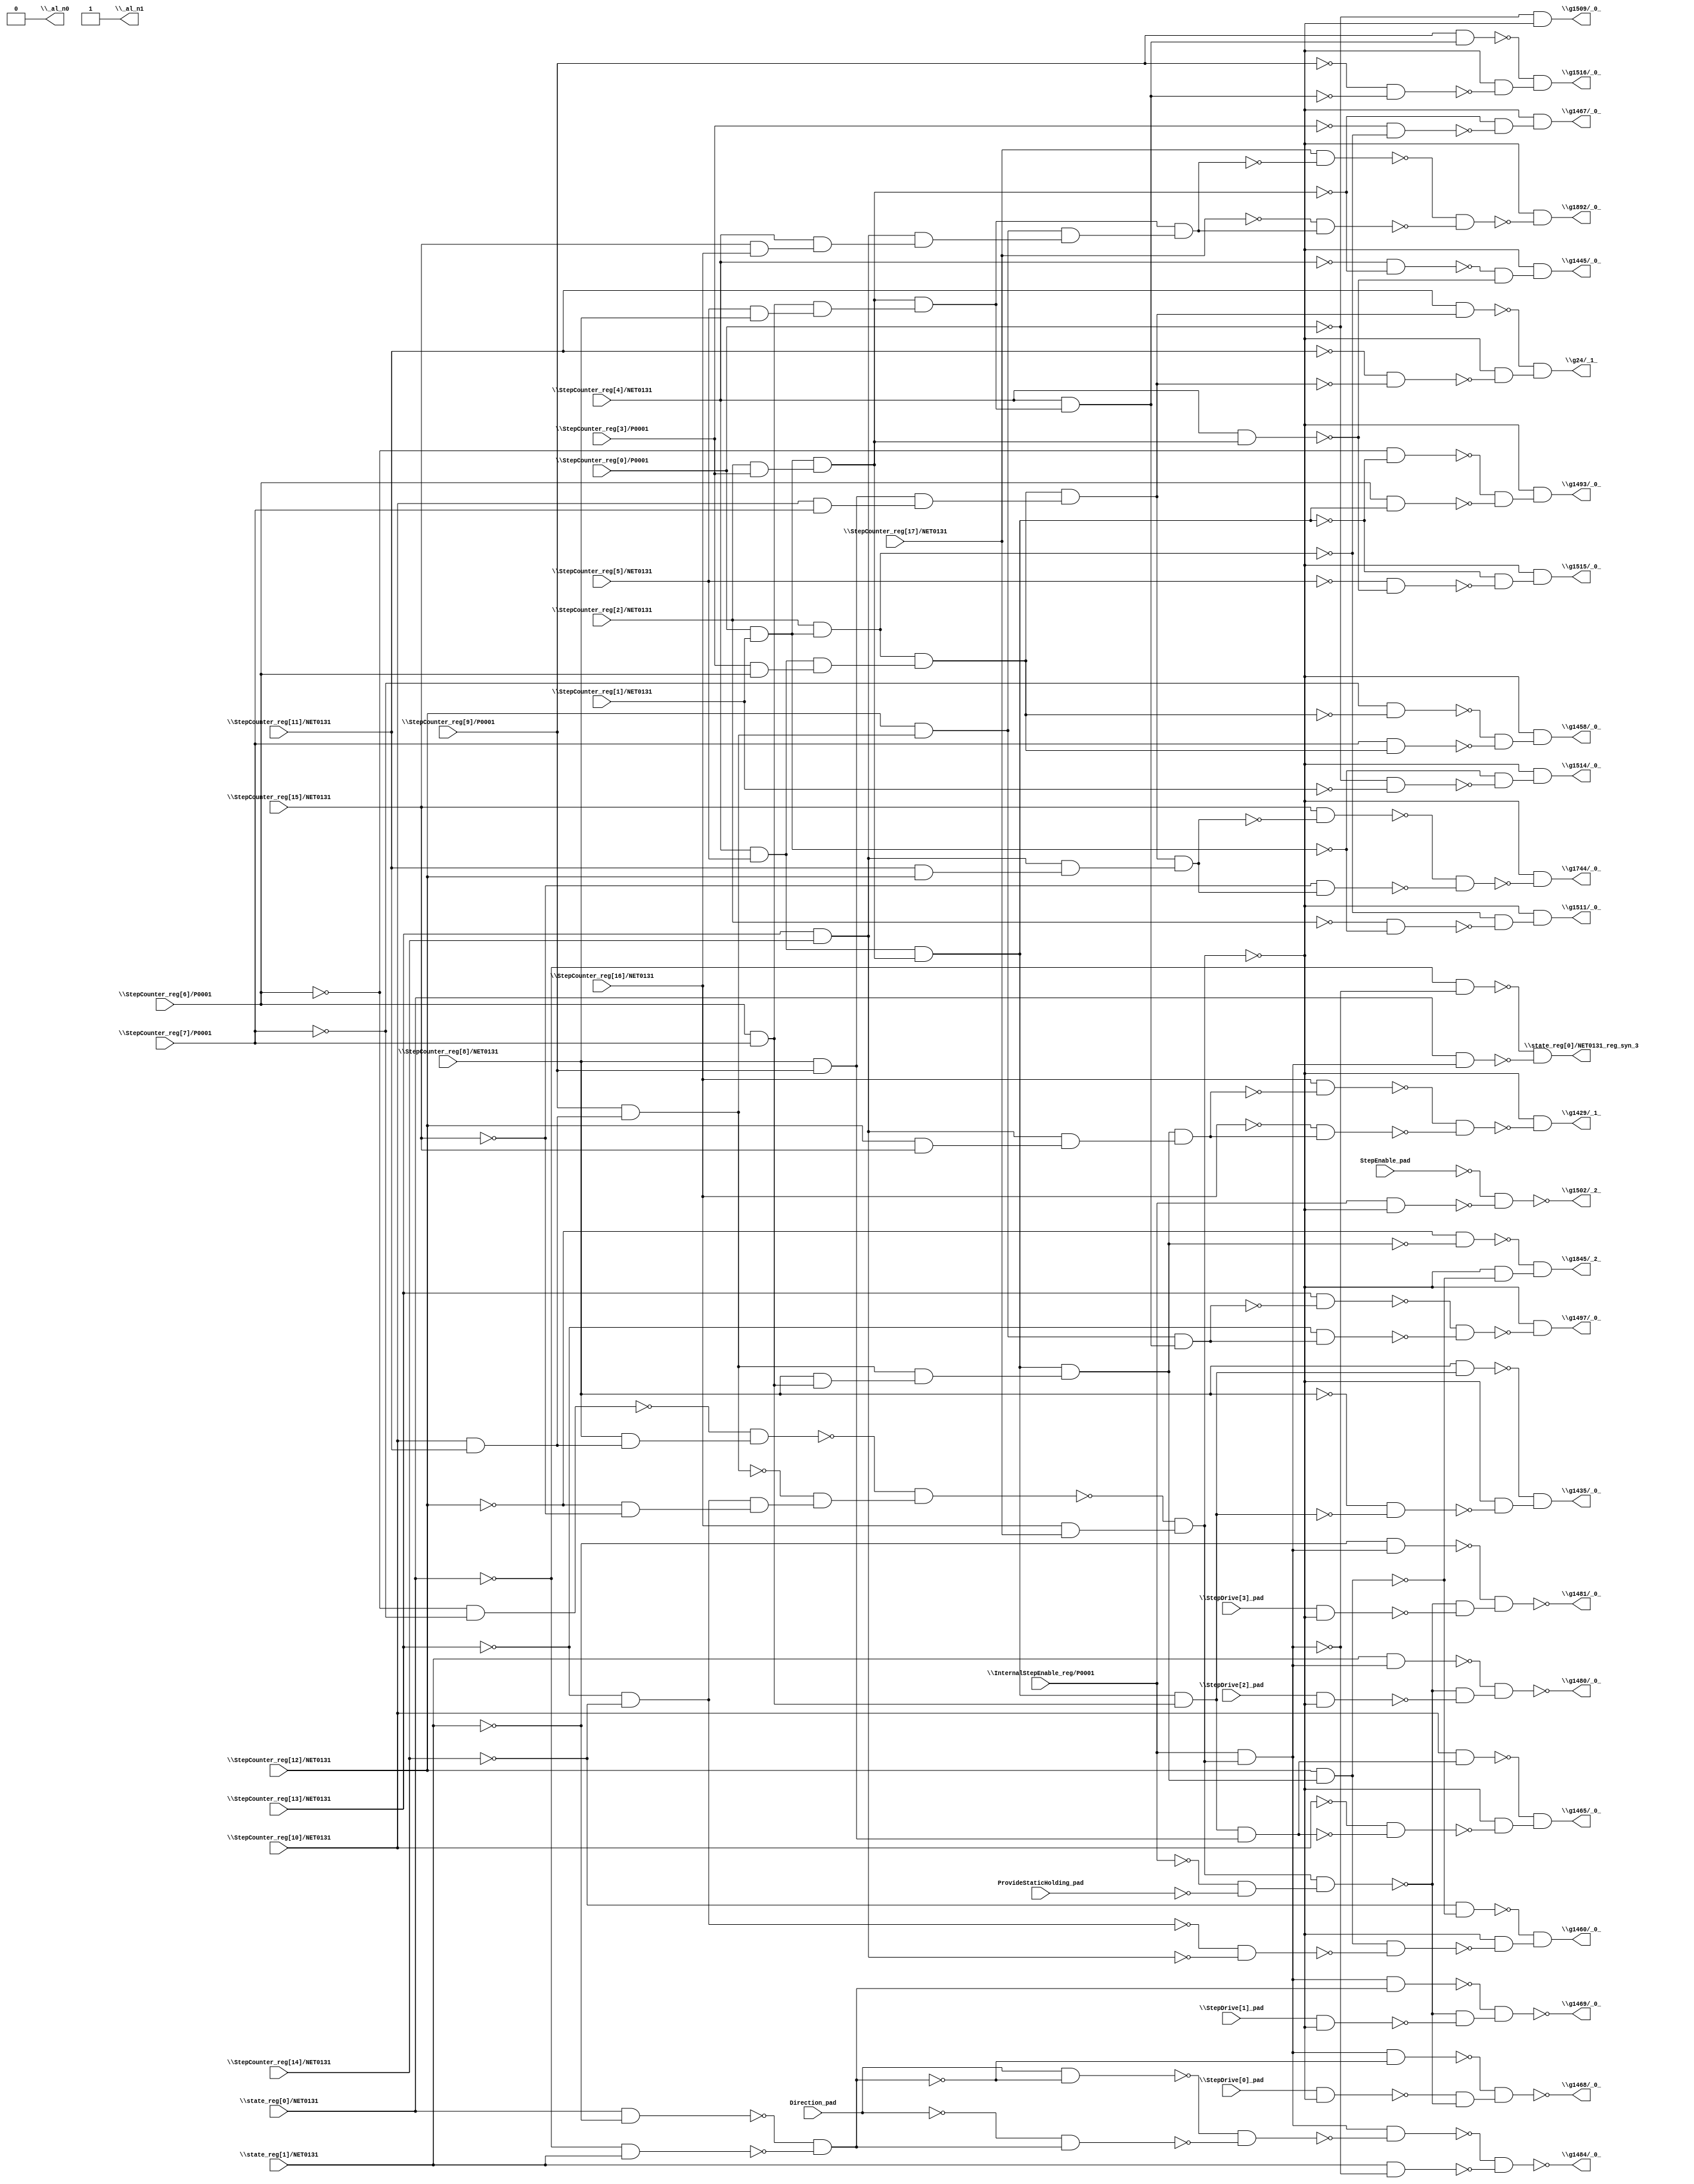
module top( Direction_pad , \InternalStepEnable_reg/P0001  , ProvideStaticHolding_pad , \StepCounter_reg[0]/P0001  , \StepCounter_reg[10]/NET0131  , \StepCounter_reg[11]/NET0131  , \StepCounter_reg[12]/NET0131  , \StepCounter_reg[13]/NET0131  , \StepCounter_reg[14]/NET0131  , \StepCounter_reg[15]/NET0131  , \StepCounter_reg[16]/NET0131  , \StepCounter_reg[17]/NET0131  , \StepCounter_reg[1]/NET0131  , \StepCounter_reg[2]/NET0131  , \StepCounter_reg[3]/P0001  , \StepCounter_reg[4]/NET0131  , \StepCounter_reg[5]/NET0131  , \StepCounter_reg[6]/P0001  , \StepCounter_reg[7]/P0001  , \StepCounter_reg[8]/NET0131  , \StepCounter_reg[9]/P0001  , \StepDrive[0]_pad  , \StepDrive[1]_pad  , \StepDrive[2]_pad  , \StepDrive[3]_pad  , StepEnable_pad , \state_reg[0]/NET0131  , \state_reg[1]/NET0131  , \_al_n0  , \_al_n1  , \g1429/_1_  , \g1435/_0_  , \g1445/_0_  , \g1458/_0_  , \g1460/_0_  , \g1465/_0_  , \g1467/_0_  , \g1468/_0_  , \g1469/_0_  , \g1480/_0_  , \g1481/_0_  , \g1484/_0_  , \g1493/_0_  , \g1497/_0_  , \g1502/_2_  , \g1509/_0_  , \g1511/_0_  , \g1514/_0_  , \g1515/_0_  , \g1516/_0_  , \g1744/_0_  , \g1845/_2_  , \g1892/_0_  , \g24/_1_  , \state_reg[0]/NET0131_reg_syn_3  );
  input Direction_pad ;
  input \InternalStepEnable_reg/P0001  ;
  input ProvideStaticHolding_pad ;
  input \StepCounter_reg[0]/P0001  ;
  input \StepCounter_reg[10]/NET0131  ;
  input \StepCounter_reg[11]/NET0131  ;
  input \StepCounter_reg[12]/NET0131  ;
  input \StepCounter_reg[13]/NET0131  ;
  input \StepCounter_reg[14]/NET0131  ;
  input \StepCounter_reg[15]/NET0131  ;
  input \StepCounter_reg[16]/NET0131  ;
  input \StepCounter_reg[17]/NET0131  ;
  input \StepCounter_reg[1]/NET0131  ;
  input \StepCounter_reg[2]/NET0131  ;
  input \StepCounter_reg[3]/P0001  ;
  input \StepCounter_reg[4]/NET0131  ;
  input \StepCounter_reg[5]/NET0131  ;
  input \StepCounter_reg[6]/P0001  ;
  input \StepCounter_reg[7]/P0001  ;
  input \StepCounter_reg[8]/NET0131  ;
  input \StepCounter_reg[9]/P0001  ;
  input \StepDrive[0]_pad  ;
  input \StepDrive[1]_pad  ;
  input \StepDrive[2]_pad  ;
  input \StepDrive[3]_pad  ;
  input StepEnable_pad ;
  input \state_reg[0]/NET0131  ;
  input \state_reg[1]/NET0131  ;
  output \_al_n0  ;
  output \_al_n1  ;
  output \g1429/_1_  ;
  output \g1435/_0_  ;
  output \g1445/_0_  ;
  output \g1458/_0_  ;
  output \g1460/_0_  ;
  output \g1465/_0_  ;
  output \g1467/_0_  ;
  output \g1468/_0_  ;
  output \g1469/_0_  ;
  output \g1480/_0_  ;
  output \g1481/_0_  ;
  output \g1484/_0_  ;
  output \g1493/_0_  ;
  output \g1497/_0_  ;
  output \g1502/_2_  ;
  output \g1509/_0_  ;
  output \g1511/_0_  ;
  output \g1514/_0_  ;
  output \g1515/_0_  ;
  output \g1516/_0_  ;
  output \g1744/_0_  ;
  output \g1845/_2_  ;
  output \g1892/_0_  ;
  output \g24/_1_  ;
  output \state_reg[0]/NET0131_reg_syn_3  ;
  wire n29 , n30 , n31 , n32 , n33 , n34 , n35 , n36 , n37 , n38 , n39 , n40 , n41 , n42 , n43 , n44 , n45 , n46 , n47 , n48 , n49 , n50 , n51 , n52 , n53 , n54 , n55 , n56 , n57 , n58 , n59 , n60 , n61 , n62 , n63 , n64 , n65 , n66 , n67 , n68 , n69 , n70 , n71 , n72 , n73 , n74 , n75 , n76 , n77 , n78 , n79 , n80 , n81 , n82 , n83 , n84 , n85 , n86 , n87 , n88 , n89 , n90 , n91 , n92 , n93 , n94 , n95 , n96 , n97 , n98 , n99 , n100 , n101 , n102 , n103 , n104 , n105 , n106 , n107 , n108 , n109 , n110 , n111 , n112 , n113 , n114 , n115 , n116 , n117 , n118 , n119 , n120 , n121 , n122 , n123 , n124 , n125 , n126 , n127 , n128 , n129 , n130 , n131 , n132 , n133 , n134 , n135 , n136 , n137 , n138 , n139 , n140 , n141 , n142 , n143 , n144 , n145 , n146 , n147 , n148 , n149 , n150 , n151 , n152 , n153 , n154 , n155 , n156 , n157 , n158 , n159 , n160 , n161 , n162 , n163 , n164 , n165 , n166 , n167 , n168 , n169 , n170 , n171 , n172 , n173 , n174 , n175 , n176 ;
  assign n32 = ~\StepCounter_reg[6]/P0001  & ~\StepCounter_reg[7]/P0001  ;
  assign n29 = \StepCounter_reg[10]/NET0131  & \StepCounter_reg[11]/NET0131  ;
  assign n33 = \StepCounter_reg[8]/NET0131  & n29 ;
  assign n34 = ~n32 & n33 ;
  assign n30 = \StepCounter_reg[9]/P0001  & n29 ;
  assign n31 = ~\StepCounter_reg[13]/NET0131  & ~\StepCounter_reg[14]/NET0131  ;
  assign n35 = ~\StepCounter_reg[12]/NET0131  & ~\StepCounter_reg[15]/NET0131  ;
  assign n36 = n31 & n35 ;
  assign n37 = ~n30 & n36 ;
  assign n38 = ~n34 & n37 ;
  assign n39 = \StepCounter_reg[16]/NET0131  & \StepCounter_reg[17]/NET0131  ;
  assign n40 = ~n38 & n39 ;
  assign n41 = \StepCounter_reg[4]/NET0131  & \StepCounter_reg[5]/NET0131  ;
  assign n42 = \StepCounter_reg[0]/P0001  & \StepCounter_reg[1]/NET0131  ;
  assign n43 = \StepCounter_reg[2]/NET0131  & \StepCounter_reg[3]/P0001  ;
  assign n44 = n42 & n43 ;
  assign n45 = n41 & n44 ;
  assign n46 = \StepCounter_reg[6]/P0001  & \StepCounter_reg[7]/P0001  ;
  assign n47 = \StepCounter_reg[8]/NET0131  & n46 ;
  assign n48 = n30 & n47 ;
  assign n49 = n45 & n48 ;
  assign n50 = \StepCounter_reg[13]/NET0131  & \StepCounter_reg[14]/NET0131  ;
  assign n51 = \StepCounter_reg[12]/NET0131  & \StepCounter_reg[15]/NET0131  ;
  assign n52 = n50 & n51 ;
  assign n53 = n49 & n52 ;
  assign n54 = \StepCounter_reg[16]/NET0131  & ~n53 ;
  assign n55 = ~\StepCounter_reg[16]/NET0131  & n53 ;
  assign n56 = ~n54 & ~n55 ;
  assign n57 = ~n40 & ~n56 ;
  assign n58 = n45 & n46 ;
  assign n60 = \StepCounter_reg[8]/NET0131  & n58 ;
  assign n59 = ~\StepCounter_reg[8]/NET0131  & ~n58 ;
  assign n61 = ~n40 & ~n59 ;
  assign n62 = ~n60 & n61 ;
  assign n63 = ~\StepCounter_reg[4]/NET0131  & ~n44 ;
  assign n64 = \StepCounter_reg[4]/NET0131  & n44 ;
  assign n65 = ~n63 & ~n64 ;
  assign n66 = ~n40 & n65 ;
  assign n67 = \StepCounter_reg[2]/NET0131  & n42 ;
  assign n68 = \StepCounter_reg[3]/P0001  & \StepCounter_reg[6]/P0001  ;
  assign n69 = n41 & n68 ;
  assign n70 = n67 & n69 ;
  assign n71 = ~\StepCounter_reg[7]/P0001  & ~n70 ;
  assign n72 = \StepCounter_reg[7]/P0001  & n70 ;
  assign n73 = ~n71 & ~n72 ;
  assign n74 = ~n40 & n73 ;
  assign n75 = \StepCounter_reg[12]/NET0131  & n49 ;
  assign n78 = ~\StepCounter_reg[14]/NET0131  & ~n75 ;
  assign n76 = ~n31 & ~n50 ;
  assign n77 = n75 & ~n76 ;
  assign n79 = ~n40 & ~n77 ;
  assign n80 = ~n78 & n79 ;
  assign n81 = \StepCounter_reg[8]/NET0131  & \StepCounter_reg[9]/P0001  ;
  assign n82 = n58 & n81 ;
  assign n84 = \StepCounter_reg[10]/NET0131  & n82 ;
  assign n83 = ~\StepCounter_reg[10]/NET0131  & ~n82 ;
  assign n85 = ~n40 & ~n83 ;
  assign n86 = ~n84 & n85 ;
  assign n87 = ~\StepCounter_reg[3]/P0001  & ~n67 ;
  assign n88 = ~n44 & ~n87 ;
  assign n89 = ~n40 & n88 ;
  assign n90 = \InternalStepEnable_reg/P0001  & n40 ;
  assign n91 = \state_reg[0]/NET0131  & ~\state_reg[1]/NET0131  ;
  assign n92 = ~\state_reg[0]/NET0131  & \state_reg[1]/NET0131  ;
  assign n93 = ~n91 & ~n92 ;
  assign n94 = n90 & ~n93 ;
  assign n95 = \StepDrive[0]_pad  & ~n40 ;
  assign n96 = ~\InternalStepEnable_reg/P0001  & ~ProvideStaticHolding_pad ;
  assign n97 = n40 & n96 ;
  assign n98 = ~n95 & ~n97 ;
  assign n99 = ~n94 & n98 ;
  assign n100 = n90 & n93 ;
  assign n101 = \StepDrive[1]_pad  & ~n40 ;
  assign n102 = ~n97 & ~n101 ;
  assign n103 = ~n100 & n102 ;
  assign n104 = \state_reg[1]/NET0131  & n90 ;
  assign n105 = \StepDrive[2]_pad  & ~n40 ;
  assign n106 = ~n97 & ~n105 ;
  assign n107 = ~n104 & n106 ;
  assign n108 = ~\state_reg[1]/NET0131  & n90 ;
  assign n109 = \StepDrive[3]_pad  & ~n40 ;
  assign n110 = ~n97 & ~n109 ;
  assign n111 = ~n108 & n110 ;
  assign n112 = Direction_pad & ~n93 ;
  assign n113 = ~Direction_pad & n93 ;
  assign n114 = ~n112 & ~n113 ;
  assign n115 = n90 & ~n114 ;
  assign n116 = \state_reg[1]/NET0131  & ~n90 ;
  assign n117 = ~n115 & ~n116 ;
  assign n118 = ~\StepCounter_reg[6]/P0001  & ~n45 ;
  assign n119 = \StepCounter_reg[6]/P0001  & n45 ;
  assign n120 = ~n118 & ~n119 ;
  assign n121 = ~n40 & n120 ;
  assign n122 = \StepCounter_reg[12]/NET0131  & n30 ;
  assign n123 = \StepCounter_reg[5]/NET0131  & \StepCounter_reg[8]/NET0131  ;
  assign n124 = n46 & n123 ;
  assign n125 = n44 & n124 ;
  assign n126 = \StepCounter_reg[4]/NET0131  & n125 ;
  assign n127 = n122 & n126 ;
  assign n128 = \StepCounter_reg[13]/NET0131  & ~n127 ;
  assign n129 = ~\StepCounter_reg[13]/NET0131  & n127 ;
  assign n130 = ~n128 & ~n129 ;
  assign n131 = ~n40 & ~n130 ;
  assign n132 = \InternalStepEnable_reg/P0001  & ~n40 ;
  assign n133 = ~StepEnable_pad & ~n132 ;
  assign n134 = ~\StepCounter_reg[0]/P0001  & ~n40 ;
  assign n135 = ~\StepCounter_reg[2]/NET0131  & ~n42 ;
  assign n136 = ~n67 & ~n135 ;
  assign n137 = ~n40 & n136 ;
  assign n138 = ~\StepCounter_reg[0]/P0001  & ~\StepCounter_reg[1]/NET0131  ;
  assign n139 = ~n42 & ~n138 ;
  assign n140 = ~n40 & n139 ;
  assign n141 = ~\StepCounter_reg[5]/NET0131  & ~n64 ;
  assign n142 = ~n45 & ~n141 ;
  assign n143 = ~n40 & n142 ;
  assign n145 = \StepCounter_reg[9]/P0001  & n126 ;
  assign n144 = ~\StepCounter_reg[9]/P0001  & ~n126 ;
  assign n146 = ~n40 & ~n144 ;
  assign n147 = ~n145 & n146 ;
  assign n148 = \StepCounter_reg[10]/NET0131  & \StepCounter_reg[7]/P0001  ;
  assign n149 = n81 & n148 ;
  assign n150 = n70 & n149 ;
  assign n151 = \StepCounter_reg[11]/NET0131  & \StepCounter_reg[12]/NET0131  ;
  assign n152 = n50 & n151 ;
  assign n153 = n150 & n152 ;
  assign n154 = \StepCounter_reg[15]/NET0131  & ~n153 ;
  assign n155 = ~\StepCounter_reg[15]/NET0131  & n153 ;
  assign n156 = ~n154 & ~n155 ;
  assign n157 = ~n40 & ~n156 ;
  assign n158 = ~\StepCounter_reg[12]/NET0131  & ~n49 ;
  assign n159 = ~n40 & ~n75 ;
  assign n160 = ~n158 & n159 ;
  assign n161 = \StepCounter_reg[15]/NET0131  & \StepCounter_reg[16]/NET0131  ;
  assign n162 = \StepCounter_reg[4]/NET0131  & n161 ;
  assign n163 = n50 & n162 ;
  assign n164 = n122 & n163 ;
  assign n165 = n125 & n164 ;
  assign n166 = \StepCounter_reg[17]/NET0131  & ~n165 ;
  assign n167 = ~\StepCounter_reg[17]/NET0131  & n165 ;
  assign n168 = ~n166 & ~n167 ;
  assign n169 = ~n40 & ~n168 ;
  assign n171 = \StepCounter_reg[11]/NET0131  & n150 ;
  assign n170 = ~\StepCounter_reg[11]/NET0131  & ~n150 ;
  assign n172 = ~n40 & ~n170 ;
  assign n173 = ~n171 & n172 ;
  assign n174 = ~\state_reg[0]/NET0131  & ~n90 ;
  assign n175 = \state_reg[0]/NET0131  & n90 ;
  assign n176 = ~n174 & ~n175 ;
  assign \_al_n0  = 1'b0 ;
  assign \_al_n1  = ~1'b0 ;
  assign \g1429/_1_  = n57 ;
  assign \g1435/_0_  = n62 ;
  assign \g1445/_0_  = n66 ;
  assign \g1458/_0_  = n74 ;
  assign \g1460/_0_  = n80 ;
  assign \g1465/_0_  = n86 ;
  assign \g1467/_0_  = n89 ;
  assign \g1468/_0_  = ~n99 ;
  assign \g1469/_0_  = ~n103 ;
  assign \g1480/_0_  = ~n107 ;
  assign \g1481/_0_  = ~n111 ;
  assign \g1484/_0_  = ~n117 ;
  assign \g1493/_0_  = n121 ;
  assign \g1497/_0_  = n131 ;
  assign \g1502/_2_  = ~n133 ;
  assign \g1509/_0_  = n134 ;
  assign \g1511/_0_  = n137 ;
  assign \g1514/_0_  = n140 ;
  assign \g1515/_0_  = n143 ;
  assign \g1516/_0_  = n147 ;
  assign \g1744/_0_  = n157 ;
  assign \g1845/_2_  = n160 ;
  assign \g1892/_0_  = n169 ;
  assign \g24/_1_  = n173 ;
  assign \state_reg[0]/NET0131_reg_syn_3  = n176 ;
endmodule